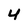
Character: 4